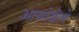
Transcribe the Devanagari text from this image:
आयोडेले